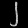
Digit: ၂